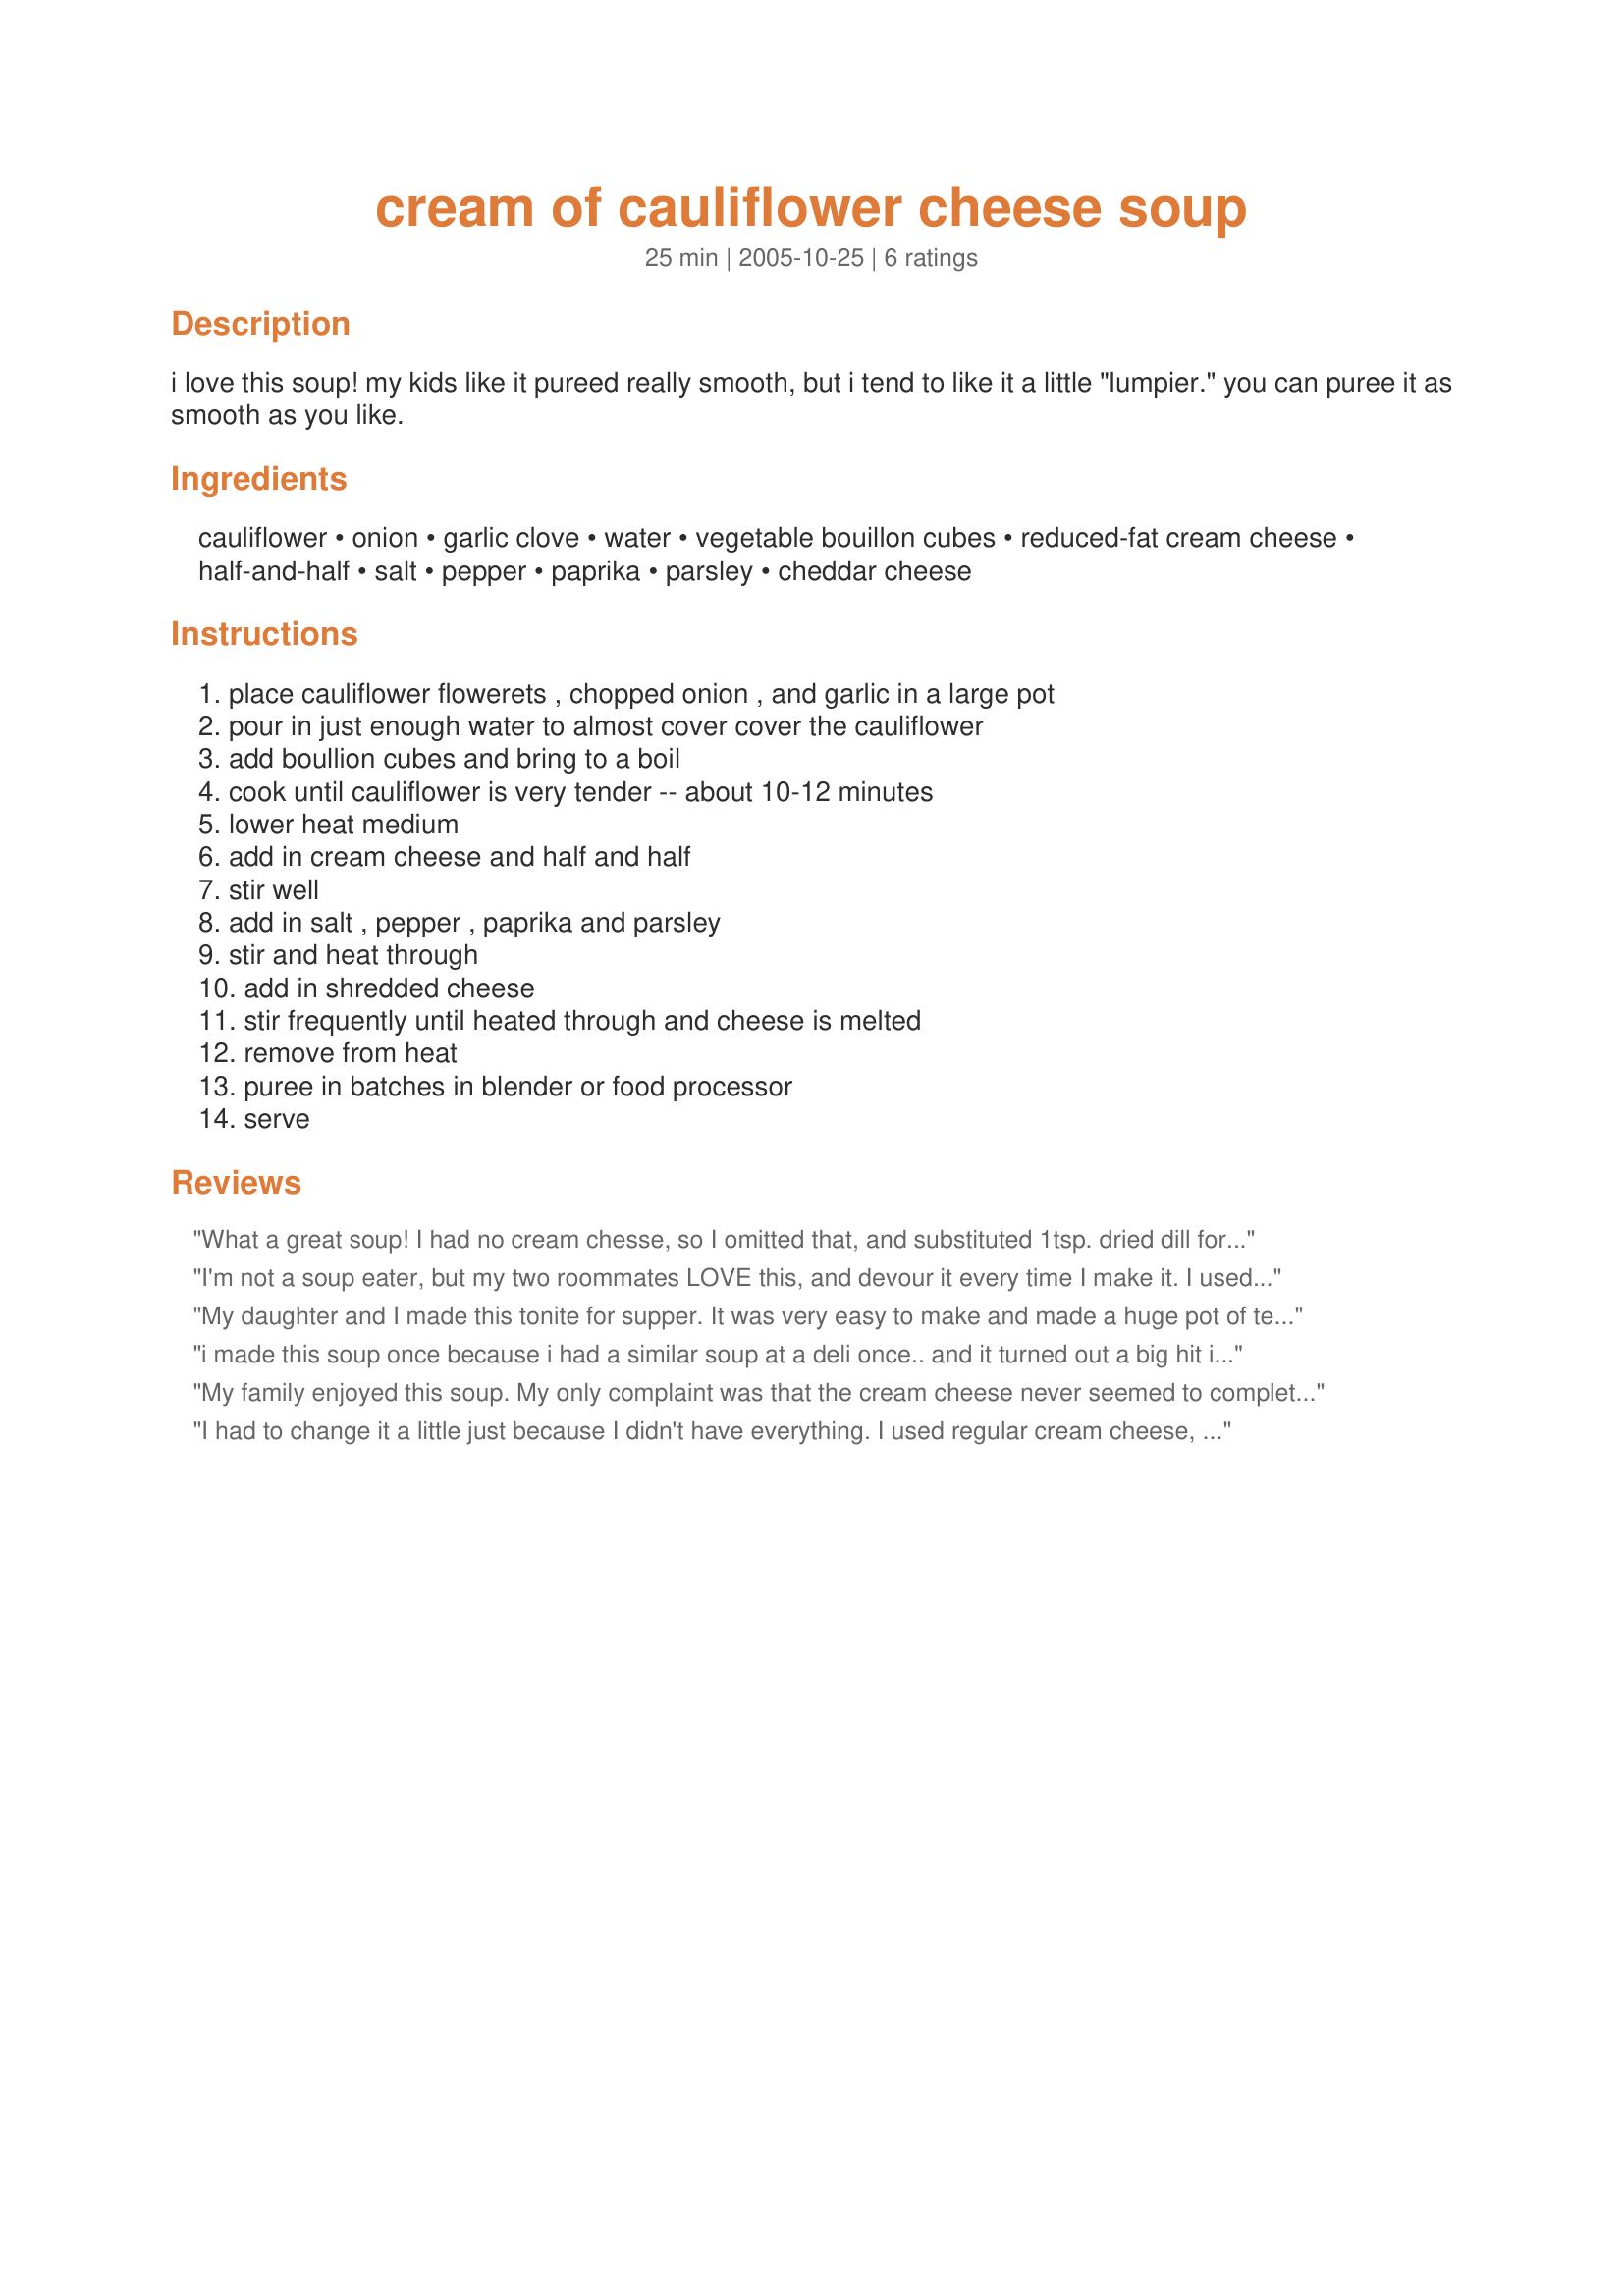
cream of cauliflower cheese soup
Preparation time: 25 minutes

i love this soup! my kids like it pureed really smooth, but i tend to like it a little "lumpier." you can puree it as smooth as you like.

Ingredients:
cauliflower, onion, garlic clove, water, vegetable bouillon cubes, reduced-fat cream cheese, half-and-half, salt, pepper, paprika, parsley, cheddar cheese

Steps:
place cauliflower flowerets , chopped onion , and garlic in a large pot, pour in just enough water to almost cover cover the cauliflower, add boullion cubes and bring to a boil, cook until cauliflower is very tender -- about 10-12 minutes, lower heat medium, add in cream cheese and half and half, stir well, add in salt , pepper , paprika and parsley, stir and heat through, add in shredded cheese, stir frequently until heated through and cheese is melted, remove from heat, puree in batches in blender or food processor, serve

Reviews:
What a great soup! I had no cream chesse, so I omitted that, and substituted 1tsp. dried dill for the parsley, but otherwise stuck to the recipe. The results were outstanding! Hubby came dragging in from work swearing he wanted no dinner but this changed his mind! Will make again for sure. Thanks again, Parsley! :)
I'm not a soup eater, but my two roommates LOVE this, and devour it every time I make it. I used chicken stock (its what I have) instead of the bouillon cubes and water. a half recipe fits in my blender perfectly.
My daughter and I made this tonite for supper. It was very easy to make and made a huge pot of terrific soup.
i made this soup once because i had a similar soup at a deli once.. and it turned out a big hit in my house.. my mother loves it so much she begs me to make it.. it's so easy to make which makes it even better.
My family enjoyed this soup. My only complaint was that the cream cheese never seemed to completely incorporate itself into the soup. It looked a little "grainy". It didn't affect the taste at all, just the texture (that's why only 4 stars). That being said the flavour of this soup gets better & better with age. The leftovers kept getting yummier! thanks for the recipe!
I had to change it a little just because I didn't have everything. I used regular cream cheese, chicken bouillon cubes, evaporated milk (the whole 12 oz can), garlic salt (and omitted the other salt), and no parsley. I also used sharp cheddar because my dad's cardiologist said you can less sharp cheddar for the same taste. I used 1 cup- next time I might use a little more than that.
